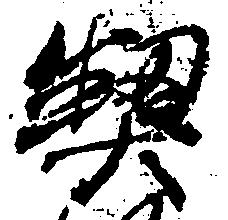
契